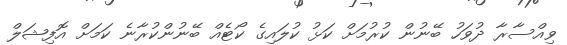
ވިއްސާރާ ދުވަހު ބޭނުން ކުރުމަށް ކަޅު ކުލައިގެ ކޯޓެއް ބޭނުންކުރާނެ ކަމަށް އޮފިޝަލް